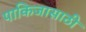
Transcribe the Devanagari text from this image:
पाकिजासाठी